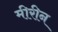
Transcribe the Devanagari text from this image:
मीरीन